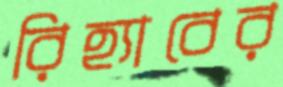
রিহ্যাবের